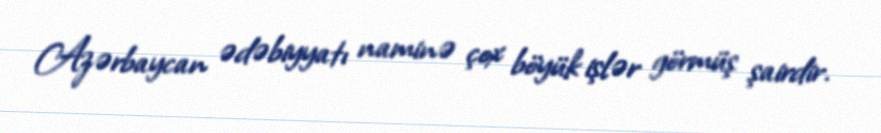
Azərbaycan ədəbiyyatı naminə çox böyük işlər görmüş şairdir.